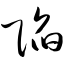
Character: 陷